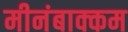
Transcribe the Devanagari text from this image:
मीनंबाक्कम